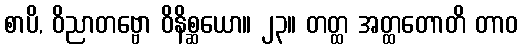
စာပိ, ဝိညာတဗ္ဗော ဝိနိစ္ဆယော။ ၂၃။ တတ္ထ အတ္ထတောတိ တာဝ